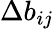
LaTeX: \Delta b_{ij}